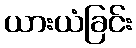
ယားယံခြင်း